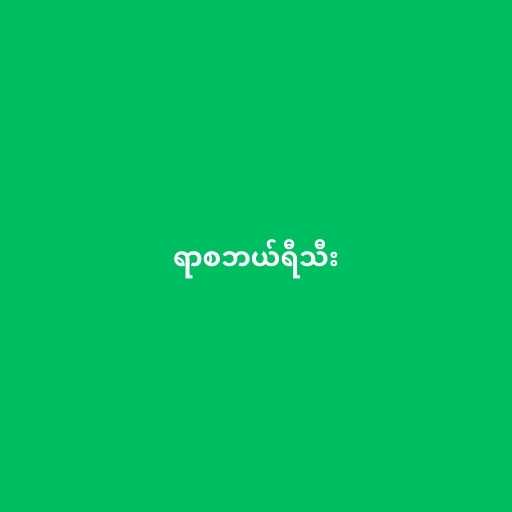
ရာစဘယ်ရီသီး